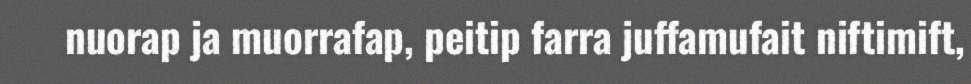
nuorap ja muorrafap, peitip farra juffamufait niftimift,